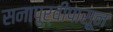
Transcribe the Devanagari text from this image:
सनापूर्वीपासून